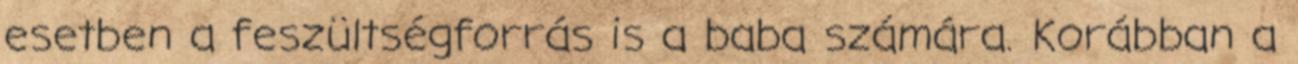
esetben a feszültségforrás is a baba számára. Korábban a